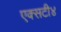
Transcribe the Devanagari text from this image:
एक्सटी४